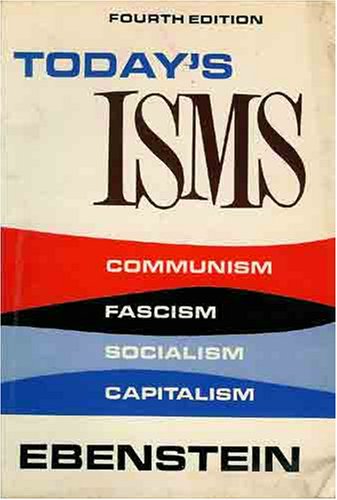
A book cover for Today's Isms Fourth Edition; William Ebenstein; Crafts, Hobbies & Home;